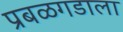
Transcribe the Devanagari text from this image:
प्रबळगडाला